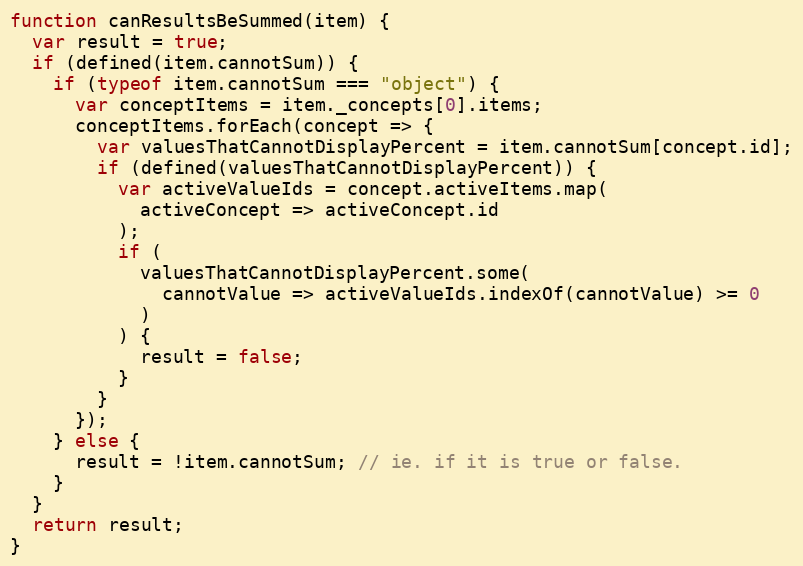
Language: JavaScript
function canResultsBeSummed(item) {
  var result = true;
  if (defined(item.cannotSum)) {
    if (typeof item.cannotSum === "object") {
      var conceptItems = item._concepts[0].items;
      conceptItems.forEach(concept => {
        var valuesThatCannotDisplayPercent = item.cannotSum[concept.id];
        if (defined(valuesThatCannotDisplayPercent)) {
          var activeValueIds = concept.activeItems.map(
            activeConcept => activeConcept.id
          );
          if (
            valuesThatCannotDisplayPercent.some(
              cannotValue => activeValueIds.indexOf(cannotValue) >= 0
            )
          ) {
            result = false;
          }
        }
      });
    } else {
      result = !item.cannotSum; // ie. if it is true or false.
    }
  }
  return result;
}